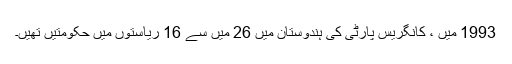
1993 میں ، کانگریس پارٹی کی ہندوستان میں 26 میں سے 16 ریاستوں میں حکومتیں تھیں۔